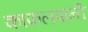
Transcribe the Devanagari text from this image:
काफलपानी